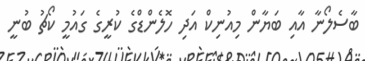
ބާސެލޯނާ އާއި ބަޔާން މިއުނިކް އަދި ހޮލެންޑްގެ ކުރީގެ ގައުމީ ކޯޗު ބުނީ